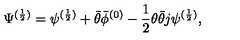
\Psi ^ { ( \frac { 1 } { 2 } ) } = \psi ^ { ( \frac { 1 } { 2 } ) } + \bar { \theta } \bar { \phi } ^ { ( 0 ) } - \frac { 1 } { 2 } \theta \bar { \theta } j \psi ^ { ( \frac { 1 } { 2 } ) } ,